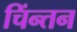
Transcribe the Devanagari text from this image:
चिंन्तन